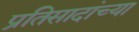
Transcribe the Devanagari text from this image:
प्रतिसादांच्या